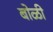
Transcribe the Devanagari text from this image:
बोळी